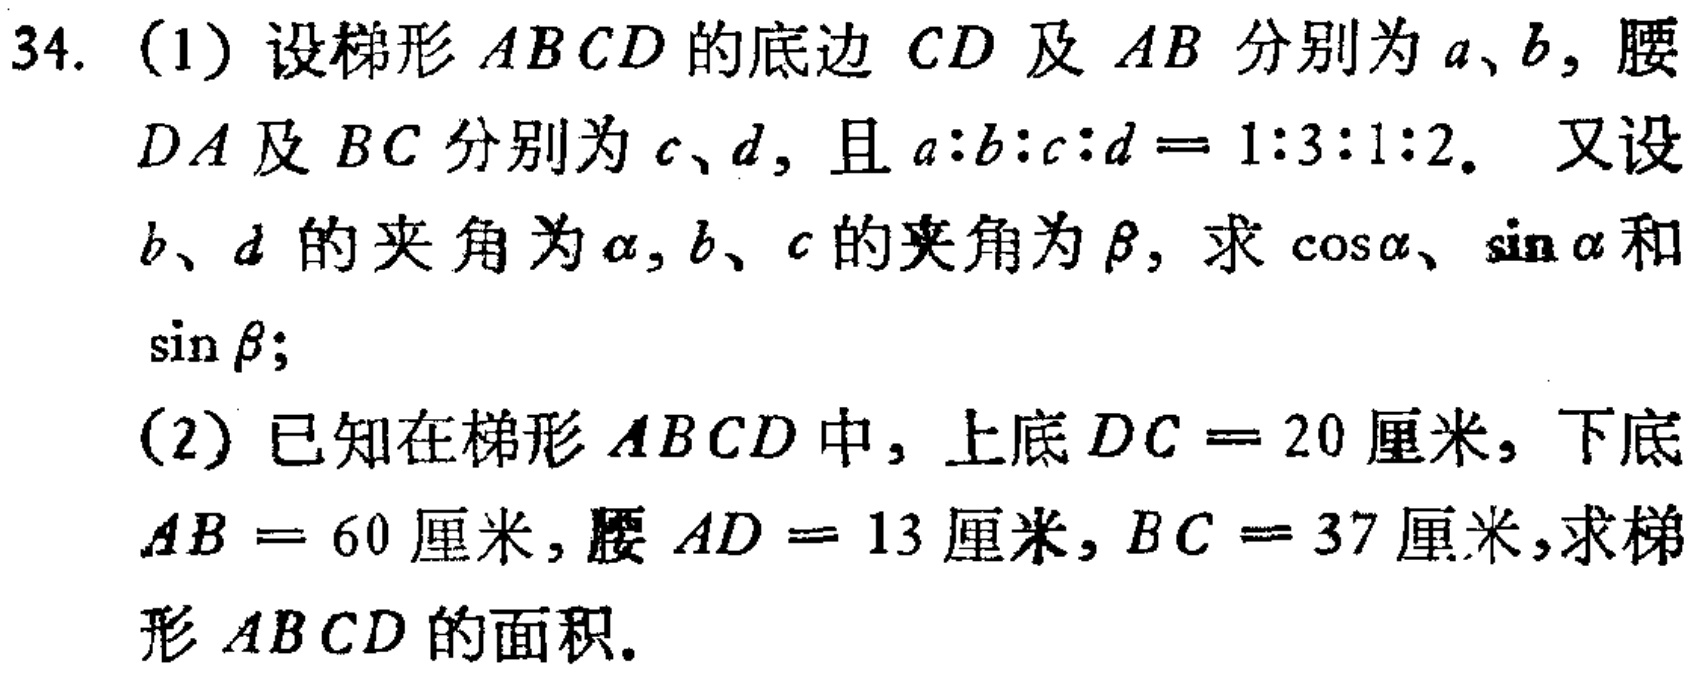
34. (1) 设梯形 \(ABCD\) 的底边 \(CD\) 及 \(AB\) 分别为 \(a\)、\(b\)，腰 \(DA\) 及 \(BC\) 分别为 \(c\)、\(d\)，且 \(a:b:c:d = 1:3:1:2\)。又设 \(b\)、\(d\) 的夹角为 \(\alpha\)，\(b\)、\(c\) 的夹角为 \(\beta\)，求 \(\cos\alpha\)、\(\sin\alpha\) 和 \(\sin\beta\)；
(2) 已知在梯形 \(ABCD\) 中，上底 \(DC = 20\) 厘米，下底 \(AB = 60\) 厘米，腰 \(AD = 13\) 厘米，\(BC = 37\) 厘米，求梯形 \(ABCD\) 的面积。